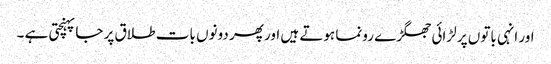
اور انہی باتوں پر لڑائی جھگڑے رونما ہوتے ہیں اور پھر دونوں بات طلاق پر جا پہنچتی ہے ۔